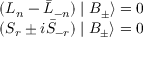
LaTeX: \begin{array} { l } { { ( L _ { n } - \bar { L } _ { - n } ) \mid B _ { \pm } \rangle = 0 } } \\ { { ( S _ { r } \pm i \bar { S } _ { - r } ) \mid B _ { \pm } \rangle = 0 } } \end{array}